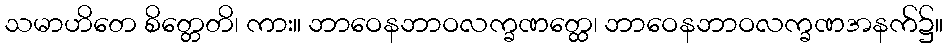
သမာဟိတေ စိတ္တေတိ၊ ကား။ ဘာဝေနဘာဝလက္ခဏတ္ထေ၊ ဘာဝေနဘာဝလက္ခဏအနက်၌။